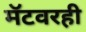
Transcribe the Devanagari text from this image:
मॅटवरही